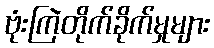
ဗုံးကြဲတိုက်ခိုက်မှုများ